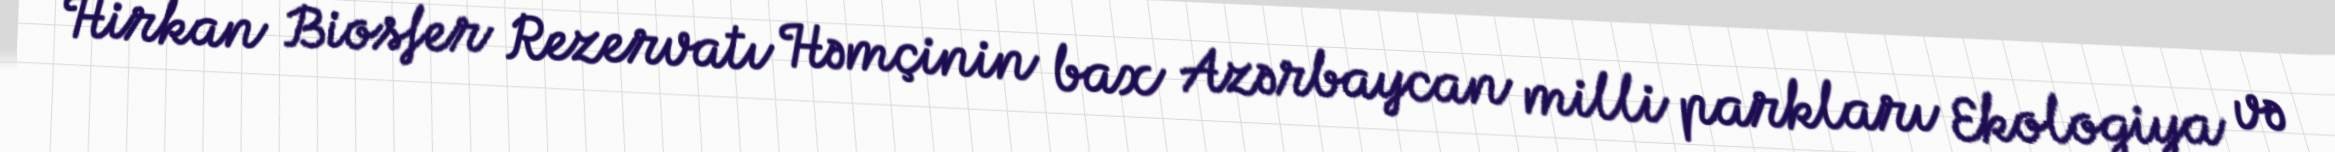
Hirkan Biosfer Rezervatı Həmçinin bax Azərbaycan milli parkları Ekologiya və